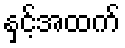
နှင့်အထက်